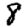
Digit: 8